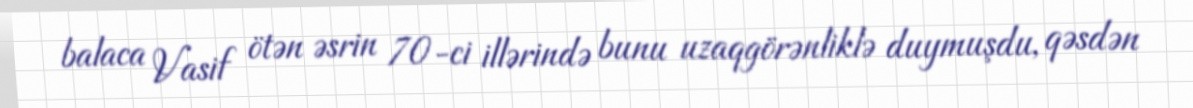
balaca Vasif ötən əsrin 70-ci illərində bunu uzaqgörənliklə duymuşdu, qəsdən